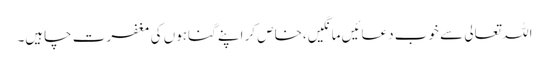
اللہ تعالی سے خوب دعائیں مانگیں،خاص کر اپنے گناہوں کی مغفرت چاہیں۔